Indian journal of veterinary science and animal husbandry - Volume 1,
Year: 1931
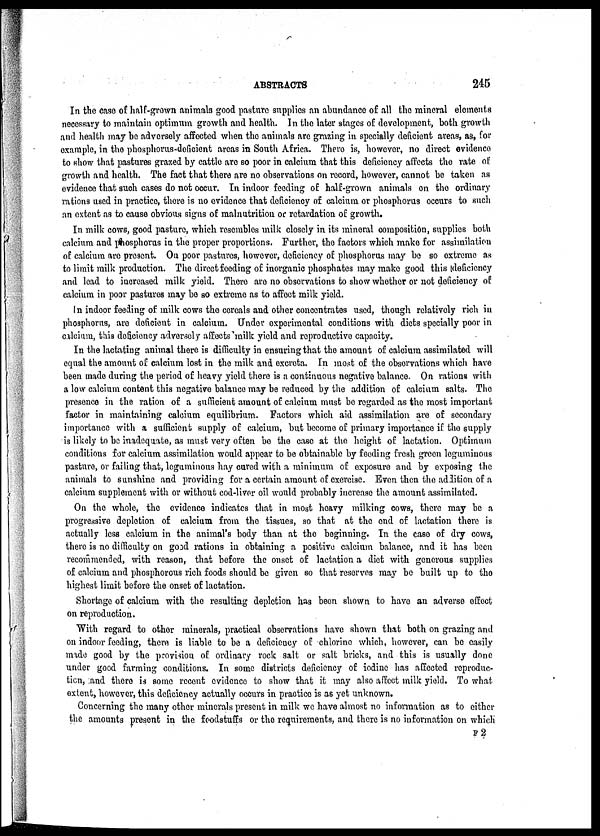
ABSTRACTS
245
In the case of half-grown animals good pasture supplies an abundance of all the mineral elements
necessary to maintain optimum growth and health. In the later stages of development, both growth
and health may be adversely affected when the animals are grazing in specially deficient areas, as, for
example, in the phosphorus-deficient areas in South Africa. There is, however, no direct evidence
to show that pastures grazed by cattle are so poor in calcium that this deficiency affects the rate of
growth and health. The fact that there are no observations on record, however, cannot be taken as
evidence that such cases do not occur. In indoor feeding of half-grown animals on the ordinary
rations used in practice, there is no evidence that deficiency of calcium or phosphorus occurs to such
an extent as to cause obvious signs of malnutrition or retardation of growth.
In milk cows, good pasture, which resembles milk closely in its mineral composition, supplies both
calcium and phosphorus in the proper proportions. Further, the factors which make for assimilation
of calcium are present. On poor pastures, however, deficiency of phosphorus may be so extreme as
to limit milk production. The direct feeding of inorganic phosphates may make good this deficiency
and lead to increased milk yield. There are no observations to show whether or not deficiency of
calcium in poor pastures may be so extreme as to affect milk yield.
In indoor feeding of milk cows the cereals and other concentrates used, though relatively rich in
phosphorus, are deficient in calcium. Under experimental conditions with diets specially poor in
calcium, this deficiency adversely affects milk yield and reproductive capacity.
In the lactating animal there is difficulty in ensuring that the amount of calcium assimilated will
equal the amount of calcium lost in the milk and excreta. In most of the observations which have
been made during the period of heavy yield there is a continuous negative balance. On rations with
a low calcium content this negative balance may be reduced by the addition of calcium salts. The
presence in the ration of a sufficient amount of calcium must be regarded as the most important
factor in maintaining calcium equilibrium. Factors which aid assimilation are of secondary
importance with a sufficient supply of calcium, but become of primary importance if the supply
is likely to be inadequate, as must very often be the case at the height of lactation. Optimum
conditions for calcium assimilation would appear to be obtainable by feeding fresh green leguminous
pasture, or failing that, leguminous hay cured with a minimum of exposure and by exposing the
animals to sunshine and providing for a certain amount of exercise. Even then the addition of a
calcium supplement with or without cod-liver oil would probably increase the amount assimilated.
On the whole, the evidence indicates that in most heavy milking cows, there may be a
progressive depletion of calcium from the tissues, so that at the end of lactation there is
actually less calcium in the animal's body than at the beginning. In the case of dry cows,
there is no difficulty on good rations in obtaining a positive calcium balance, and it has been
recommended, with reason, that before the onset of lactation a diet with generous supplies
of calcium and phosphorous rich foods should be given so that reserves may be built up to the
highest limit before the onset of lactation.
Shortage of calcium with the resulting depletion has been shown to have an adverse effect
on reproduction.
With regard to other minerals, practical observations have shown that both on grazing and
on indoor feeding, there is liable to be a deficiency of chlorine which, however, can be easily
made good by the provision of ordinary rock salt or salt bricks, and this is usually done
under good farming conditions. In some districts deficiency of iodine has affected reproduc-
tion, and there is some recent evidence to show that it may also affect milk yield. To what
extent, however, this deficiency actually occurs in practice is as yet unknown.
Concerning the many other minerals present in milk we have almost no information as to either
the amounts present in the foodstuffs or the requirements, and there is no information on which
F 2